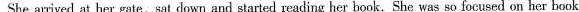
She arrived at her gate, sat down, and started reading her book. She was so focused on her book